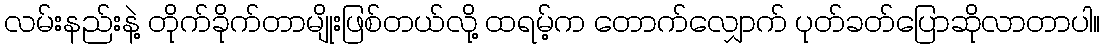
လမ်းနည်းနဲ့ တိုက်ခိုက်တာမျိုးဖြစ်တယ်လို့ ထရမ့်က တောက်လျှောက် ပုတ်ခတ်ပြောဆိုလာတာပါ။